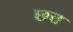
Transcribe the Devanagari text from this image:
छत्त